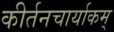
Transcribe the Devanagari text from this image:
कीर्तनचार्याकम्‌